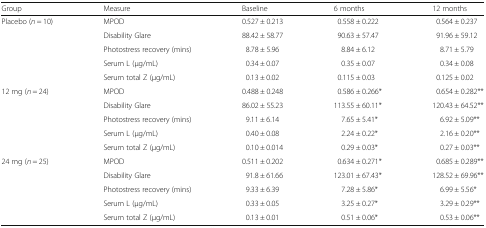
| Group | Measure | Baseline | 6 months | 12 months |
 | --- | --- | --- | --- | --- |
 | <ROWSPAN=5> Placebo (n = 10) | MPOD | 0.527 ± 0.213 | 0.558 ± 0.222 | 0.564 ± 0.237 |
 | Disability Glare | 88.42 ± 58.77 | 90.63 ± 57.47 | 91.96 ± 59.12 |
 | Photostress recovery (mins) | 8.78 ± 5.96 | 8.84 ± 6.12 | 8.71 ± 5.79 |
 | Serum L (μg/mL) | 0.34 ± 0.07 | 0.35 ± 0.07 | 0.34 ± 0.08 |
 | Serum total Z (μg/mL) | 0.13 ± 0.02 | 0.115 ± 0.03 | 0.125 ± 0.02 |
 | <ROWSPAN=5> 12 mg (n = 24) | MPOD | 0.488 ± 0.248 | 0.586 ± 0.266* | 0.654 ± 0.282** |
 | Disability Glare | 86.02 ± 55.23 | 113.55 ± 60.11* | 120.43 ± 64.52** |
 | Photostress recovery (mins) | 9.11 ± 6.14 | 7.65 ± 5.41* | 6.92 ± 5.09** |
 | Serum L (μg/mL) | 0.40 ± 0.08 | 2.24 ± 0.22* | 2.16 ± 0.20** |
 | Serum total Z (μg/mL) | 0.10 ± 0.014 | 0.29 ± 0.03* | 0.27 ± 0.03** |
 | <ROWSPAN=5> 24 mg (n = 25) | MPOD | 0.511 ± 0.202 | 0.634 ± 0.271* | 0.685 ± 0.289** |
 | Disability Glare | 91.8 ± 61.66 | 123.01 ± 67.43* | 128.52 ± 69.96** |
 | Photostress recovery (mins) | 9.33 ± 6.39 | 7.28 ± 5.86* | 6.99 ± 5.56* |
 | Serum L (μg/mL) | 0.33 ± 0.05 | 3.25 ± 0.27* | 3.29 ± 0.29** |
 | Serum total Z (μg/mL) | 0.13 ± 0.01 | 0.51 ± 0.06* | 0.53 ± 0.06** |